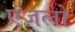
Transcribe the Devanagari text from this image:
एंजलो